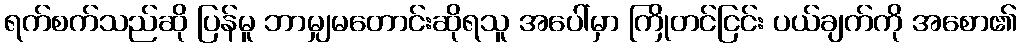
ရက်စက်သည်ဆို ပြန်မူ ဘာမျှမတောင်းဆိုရသူ အပေါ်မှာ ကြိုတင်ငြင်း ပယ်ချက်ကို အစော၏